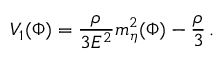
V _ { 1 } ( \Phi ) = \frac { \rho } { 3 E ^ { 2 } } m _ { \eta } ^ { 2 } ( \Phi ) - \frac { \rho } { 3 } \, .